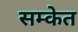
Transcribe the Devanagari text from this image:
सम्केत